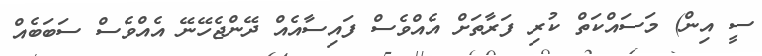
ސީ އިން) މަސައްކަތް ކުރި ފަރާތަށް އެއްވެސް ފައިސާއެއް ދޭންޖެހޭނޭ އެއްވެސް ސަބަބެއް